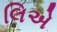
લિએ